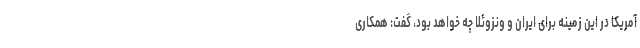
آمریکا در این زمینه برای ایران و ونزوئلا چه خواهد بود، گفت: همکاری